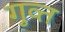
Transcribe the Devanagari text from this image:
गुव्त